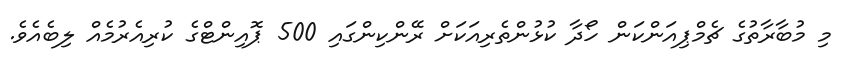
މި މުބާރާތުގެ ޗެމްޕިއަންކަން ހޯދާ ކުޅުންތެރިއަކަށް ރޭންކިންގައި 500 ޕޮއިންޓްގެ ކުރިއެރުމެއް ލިބެއެވެ.